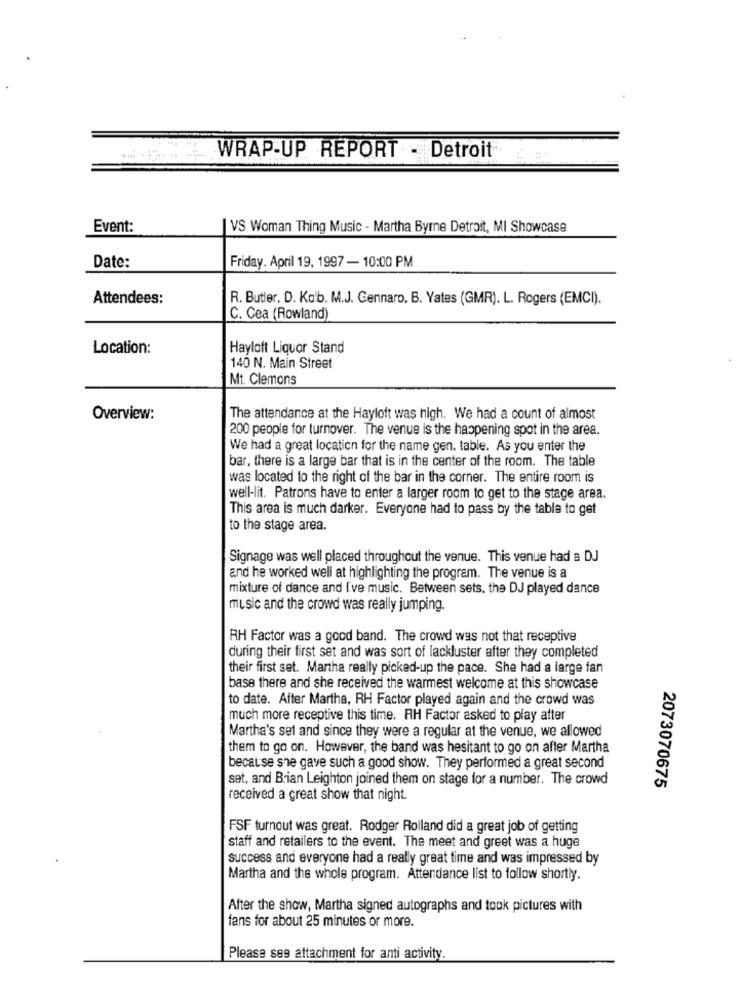
WRAP-UP REPORT - Detroit
Event:
VS Woman Thing Music - Martha Byrne Detroit, MI Showcase
Date:
Friday. April 19, 1997 - 10:00 PM
Attendees:
R. Butler. D. Kolb. M.J. Gennaro, B. Yates (GMR). L. Rogers (EMCI).
C. Cea (Rowland)
Location:
Hayloft Liquor Stand
140 N. Main Street
Mt. Clemons
Overview:
The attendance at the Hayloft was high. We had a count of almost
200 people for turnover. The venue is the happening spot in the area.
We had a great location for the name gen. table. As you enter the
bar, there is a large bar that is in the center of the room. The table
was located to the right of the bar in the corner. The entire room is
well-lit. Patrons have to enter a larger room to get to the stage area.
This area is much darker. Everyone had to pass by the tabla to get
to the stage area.
Signage was well placed throughout the venue. This venue had a DJ
and he worked well at highlighting the program. The venue is a
mixture of dance and I've music. Between sets, the DJ played dance
music and the crowd was really jumping.
RH Factor was a good band. The crowd was not that receptive
during their first set and was sort of lackluster after they completed
their first set. Martha really picked-up the pace. She had a large fan
base there and she received the warmest welcome at this showcase
to date. After Martha, RH Factor played again and the crowd was
much more receptive this time. RH Factor asked to play after
Martha's sel and since they were a regular at the venue, we allowed
them to go on. However, the band was hesitant to go on after Martha
because she gave such a good show. They performed a great second
set, and Brian Leighton joined them on stage for a number. The crowd
2073070675
received a great show that night.
FSF turnout was great. Rodger Rolland did a great job of getting
staff and retailers to the event. The meet and greet was a huge
success and everyone had a really great time and was impressed by
Martha and the whole program. Attendance list to follow shortly.
After the show, Martha signed autographs and took pictures with
fans for about 25 minutes or more.
Please see attachment for anti activity.